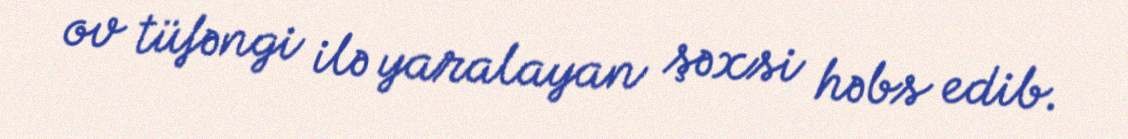
ov tüfəngi ilə yaralayan şəxsi həbs edib.